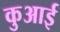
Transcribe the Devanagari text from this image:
कुआई